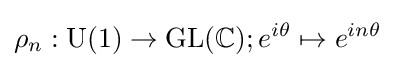
\rho _{n}:{\text{U}}(1)\rightarrow {\text{GL}}(\mathbb {C} );e^{i\theta }\mapsto e^{in\theta }